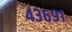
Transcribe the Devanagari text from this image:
४३६९१